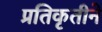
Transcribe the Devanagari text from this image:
प्रतिकृतीने